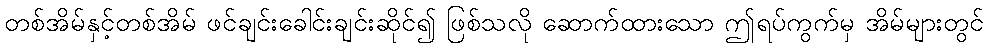
တစ်အိမ်နှင့်တစ်အိမ် ဖင်ချင်းခေါင်းချင်းဆိုင်၍ ဖြစ်သလို ဆောက်ထားသော ဤရပ်ကွက်မှ အိမ်များတွင်